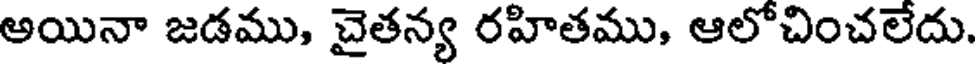
అయినా జడము, చైతన్య రహితము, ఆలోచించలేదు.